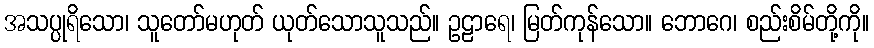
အသပ္ပုရိသော၊ သူတော်မဟုတ် ယုတ်သောသူသည်။ ဥဠာရေ၊ မြတ်ကုန်သော။ ဘောဂေ၊ စည်းစိမ်တို့ကို။